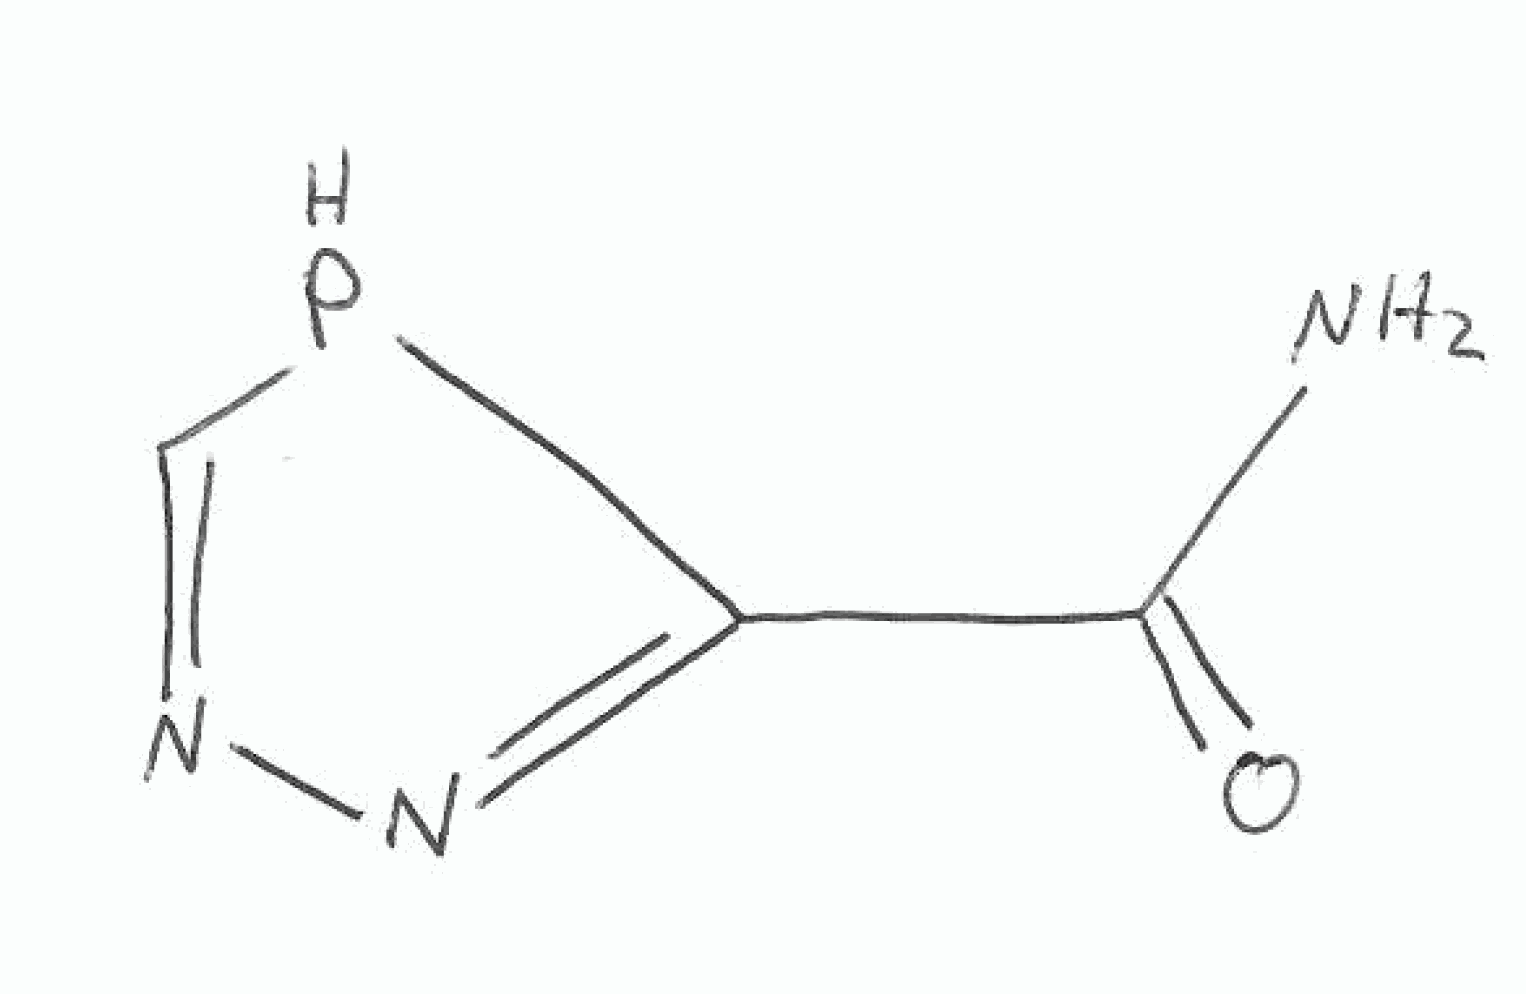
Simplified molecular-input line-entry system (SMILES) notation of the given molecule:
C1=NN=C(P1)C(=O)N